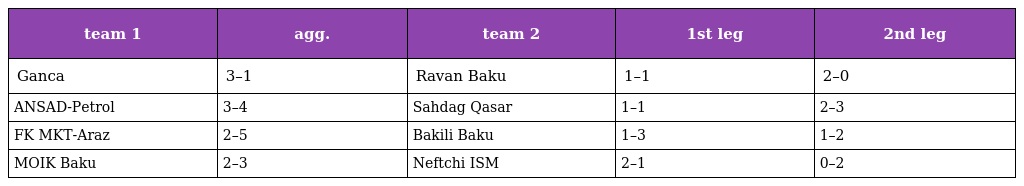
| team 1 | agg. | team 2 | 1st leg | 2nd leg |
 | --- | --- | --- | --- | --- |
 | Ganca | 3–1 | Ravan Baku | 1–1 | 2–0 |
 | ANSAD-Petrol | 3–4 | Sahdag Qasar | 1–1 | 2–3 |
 | FK MKT-Araz | 2–5 | Bakili Baku | 1–3 | 1–2 |
 | MOIK Baku | 2–3 | Neftchi ISM | 2–1 | 0–2 |